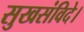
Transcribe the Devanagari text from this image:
सुखसंविदे।